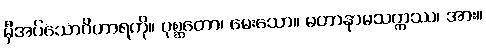
မှီအပ်သောဝိဟာရကို။ ပုစ္ဆတော၊ မေးသော။ မဟာနာမသက္ကဿ၊ အား။